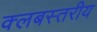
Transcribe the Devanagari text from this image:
क्लबस्तरीय